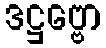
ဒဋ္ဌဗ္ဗော